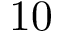
1 0